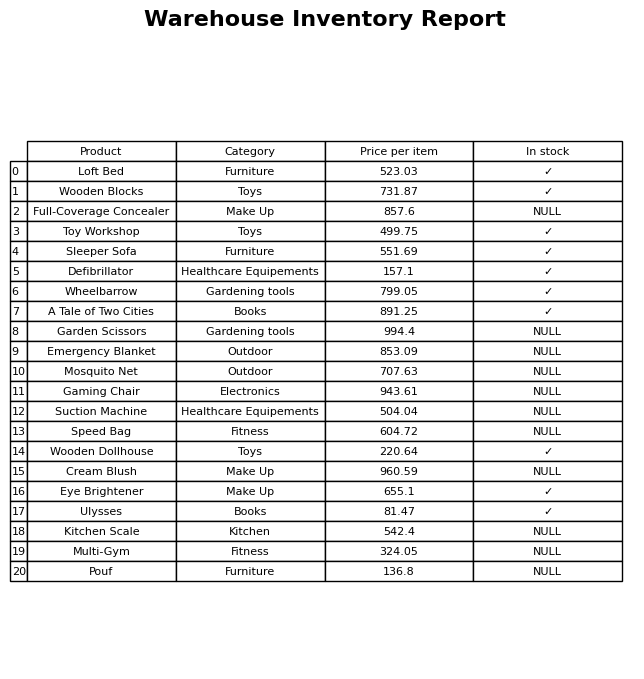
question: What is the price of the Defibrillator?
answer: The price of Defibrillator is 157.1.